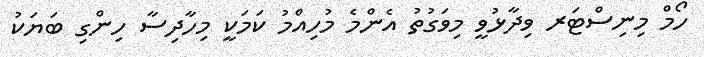
ހޯމް މިނިސްޓަރ ވިދާޅުވީ މިވަގުތު އެންމެ މުހިއްމު ކަމަކީ މިހާދިސާ ހިންގި ބަޔަކު